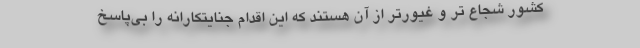
کشور شجاع تر و غیورتر از آن هستند که این اقدام جنایتکارانه را بی‌پاسخ